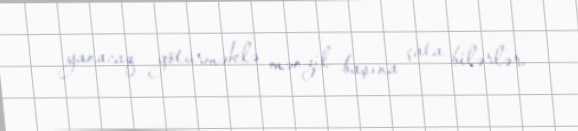
yanacaq götürməklə mənzil başına çata bilərlər.